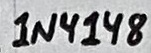
Text: 1N4148